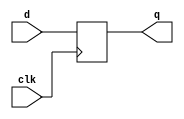
module T25_ifdef (
    input clk, d,

    `ifdef INCLUDE_RSTN
    input rstn,
    `endif

    output reg q);

    always @(posedge clk) begin
        `ifdef INCLUDE_RSTN
        if(!rstn) begin
            q <= 0;
        end else
        `endif
        begin
            q <= d;
        end
    end
endmodule

module T25_Tb_ifdef;

    reg clk, d, rstn;
    wire q;
    reg [3:0] delay;

    T25_ifdef tb(.clk(clk), .d(d),
    `ifdef INCLUDE_RSTN
    .rstn(rstn),
    `endif
    .q(q));

    always #10 clk = ~clk;

    integer i;
    initial begin
        

        {d, rstn, clk} <= 0;

        #20 rstn <= 1;

        for (i = 0; i < 20; i = i + 1) begin
            delay = $random;
        end

        #20;
    end
endmodule